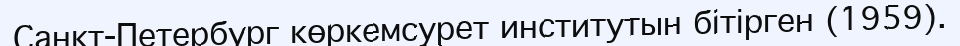
Санкт-Петербург көркемсурет институтын бітірген (1959).